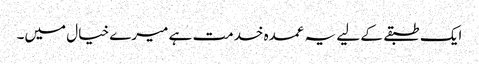
ایک طبقے کے لیے یہ عمدہ خدمت ہے میرے خیال میں۔